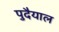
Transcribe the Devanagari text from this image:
पुदैयाल